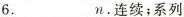
6.____n.连续；系列